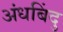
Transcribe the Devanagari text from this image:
अंधबिंदु